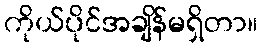
ကိုယ်ပိုင်အချိန်မရှိတာ။